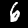
Label: 6